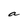
Character: a